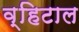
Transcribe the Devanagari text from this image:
व्हिटाल